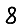
Digit: 8